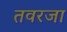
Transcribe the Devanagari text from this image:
तवरजा